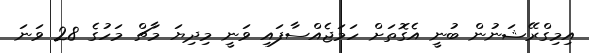
އިމިގްރޭޝަނުން ބުނީ އެގޮތަށް ހަމަޖެއްސާފައި ވަނީ މިދިޔަ މާޗް މަހުގެ 28 ވަނަ